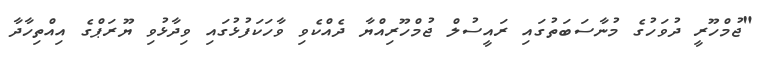
"ޖުމްހޫރީ ދުވަހުގެ މުނާސަބަތުގައި ރައީސުލް ޖުމްހޫރިއްޔާ ދެއްކެވި ވާހަކަފުޅުގައި ވިދާޅުވި ޔޫރަޕްގެ އިއްތިހާދާ